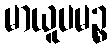
မာယူပမဉ္စ